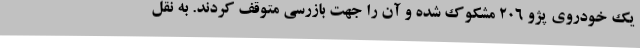
یک خودروی پژو 206 مشکوک شده و آن را جهت بازرسی متوقف کردند. به نقل